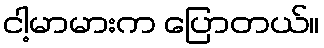
ငါ့မာမားက ပြောတယ်။